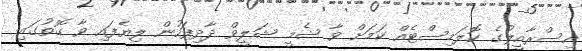
އިސްރާއީލުގެ ކޮލަމިސްޓެއް ކަމަށް ވާ ޝެމީ ޝަލީވް ދާދިފަހުން ލިޔެފައި ވާ ގޮތުގައި